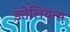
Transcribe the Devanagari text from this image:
इतेलियन्स